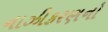
નાઝીકરણનો